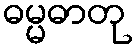
ဓမ္မဓာတု